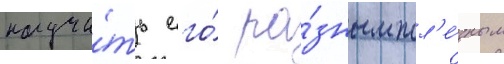
научи́ть его́ ра́зным пол'е́зным